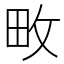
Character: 畋